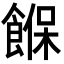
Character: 䭋